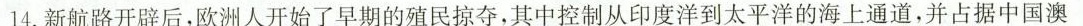
14.新航路开辟后，欧洲人开始了早期的殖民掠夺，其中控制从印度洋到太平洋的海上通道，并占据中国澳